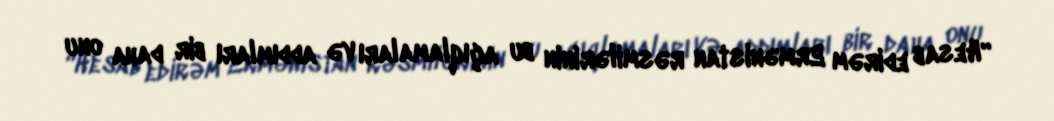
“Hesab edirəm Ermənistan rəsmilərinin bu açıqlamaları və addımları bir daha onu